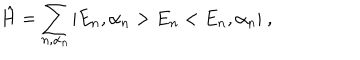
\hat { H } = \sum _ { n , \alpha _ { n } } | E _ { n } , \alpha _ { n } > E _ { n } < E _ { n } , \alpha _ { n } | \ ,